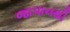
જાપાનથી